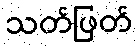
သတ်ဖြတ်